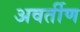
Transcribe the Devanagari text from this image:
अवर्तीण